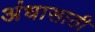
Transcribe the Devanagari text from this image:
अंधासाठी